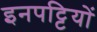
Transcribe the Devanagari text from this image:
इनपट्टियों